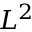
L ^ { 2 }